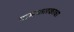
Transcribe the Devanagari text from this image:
नामफलकाचा